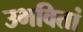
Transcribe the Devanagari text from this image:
उभवितां